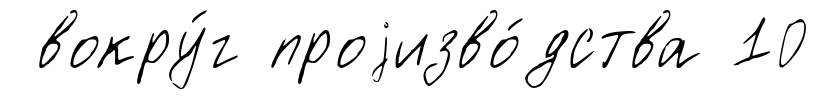
вокру́г проjизво́дства 10